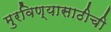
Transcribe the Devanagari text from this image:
मुरविण्यासाठीची